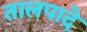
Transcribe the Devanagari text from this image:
तालपादे